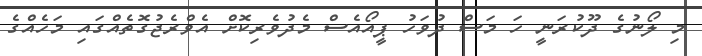
މި ލޯނުގެ ދޫކުރަނީ ހަ މަސް ދުވަހު ޕީއޯއެސް މެދުވެރިކޮށް އެވްރެޖުގޮތެއްގައި މަހެއްގެ